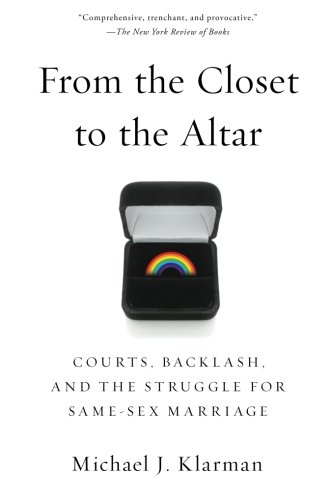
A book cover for From the Closet to the Altar: Courts, Backlash, and the Struggle for Same-Sex Marriage; Michael J. Klarman; Gay & Lesbian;